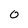
Character: 0